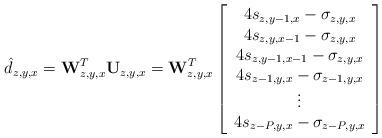
LaTeX: \begin{align*}\hat{d}_{z,y,x} = \mathbf{W}_{z,y,x}^T \mathbf{U}_{z,y,x} = \mathbf{W}_{z,y,x}^T \left[\begin{array}{c}4s_{z,y-1,x}-\sigma_{z,y,x}\\4s_{z,y,x-1}-\sigma_{z,y,x}\\4s_{z,y-1,x-1}-\sigma_{z,y,x}\\4s_{z-1,y,x}-\sigma_{z-1,y,x}\\\vdots\\4s_{z-P,y,x}-\sigma_{z-P,y,x}\end{array}\right]\end{align*}